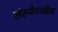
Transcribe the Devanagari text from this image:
संख्येएवढेच